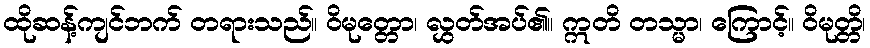
ထိုဆန့်ကျင်ဘက် တရားသည်။ ဝိမုတ္တော၊ လွှတ်အပ်၏။ ဣတိ တသ္မာ၊ ကြောင့်။ ဝိမုတ္တိ၊